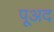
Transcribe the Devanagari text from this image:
पूअद